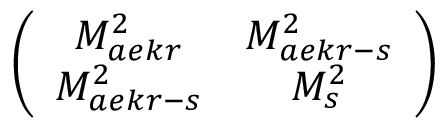
\left( \begin{array} { c c } { { M _ { a e k r } ^ { 2 } } } & { { M _ { a e k r - s } ^ { 2 } } } \\ { { M _ { a e k r - s } ^ { 2 } } } & { { M _ { s } ^ { 2 } } } \end{array} \right)